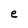
Character: e